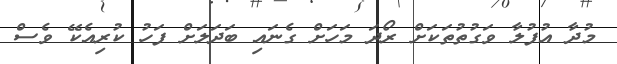
މުދާ އުފުލާ ވަގުތުތަކަށް ރޯދަ މަހަށް ގެނައި ބަދަލަށް ފަހު ކުރިއެކޭ ވެސް